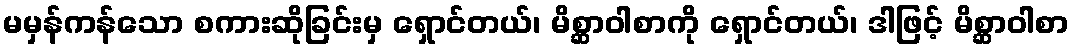
မမှန်ကန်သော စကားဆိုခြင်းမှ ရှောင်တယ်၊ မိစ္ဆာဝါစာကို ရှောင်တယ်၊ ဒါဖြင့် မိစ္ဆာဝါစာ